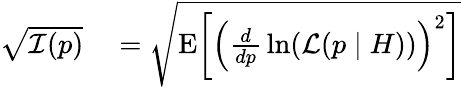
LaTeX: \begin{array}{rl}{{\sqrt{{\mathcal{I}}(p)}}}&{{}={\sqrt{\operatorname{E}\! \left[\left({\frac{d}{dp}}\ln({\mathcal{L}}(p\mid H))\right)^{2}\right]}}}\end{array}